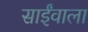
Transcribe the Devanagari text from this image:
साईंवाला